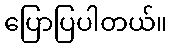
ပြောပြပါတယ်။